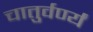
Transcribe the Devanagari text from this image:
चातुर्वर्ण्यं